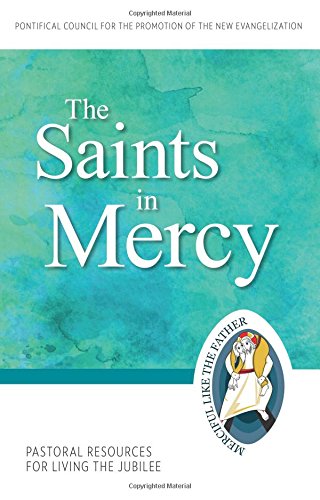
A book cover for The Saints in Mercy: Pastoral Resources for Living the Jubilee (Jubilee Year of Mercy); Pontifical Council for the Promotion of the New Evangelization; Christian Books & Bibles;